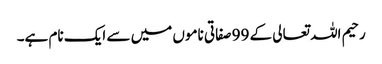
رحیم اللہ تعالی کے 99 صفاتی ناموں میں سے ایک نام ہے۔